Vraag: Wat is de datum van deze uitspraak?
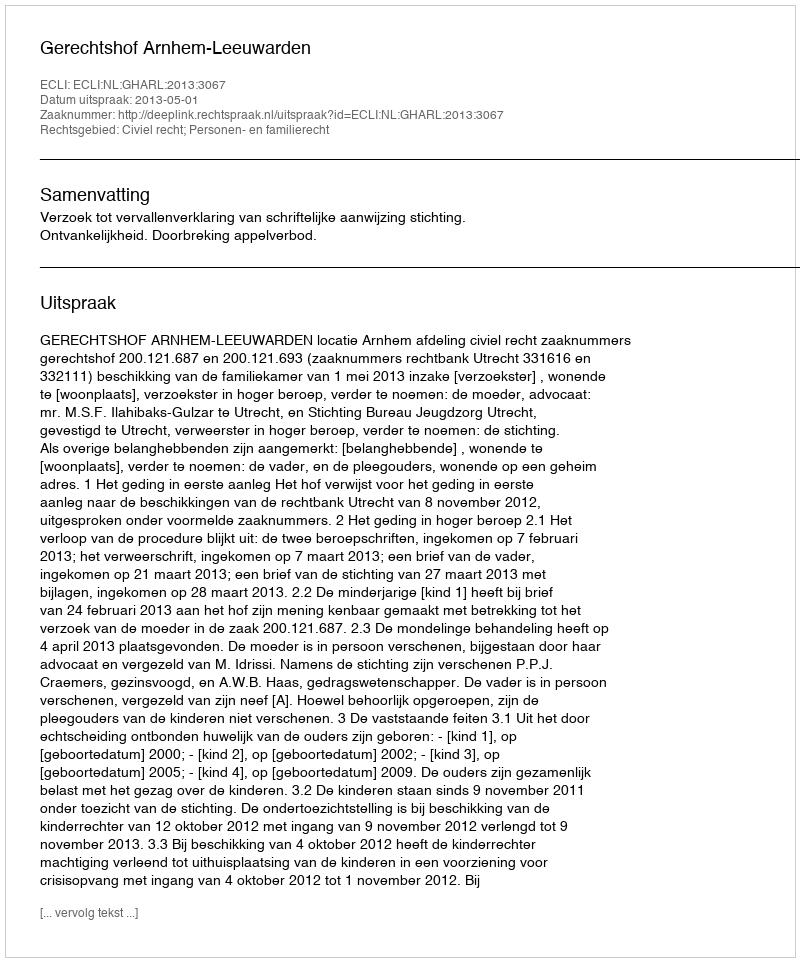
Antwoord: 2013-05-01